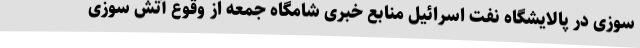
سوزی در پالایشگاه نفت اسرائیل منابع خبری شامگاه جمعه از وقوع آتش سوزی